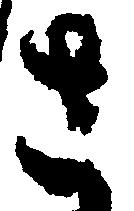
さ